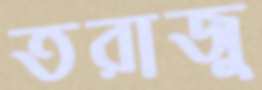
তরাজু